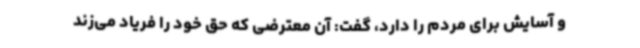
و آسایش برای مردم را دارد، گفت: آن معترضی که حق خود را فریاد می‌زند